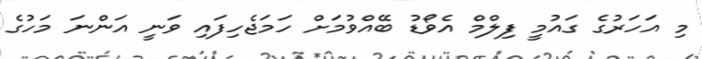
މި އަހަރުގެ ގައުމީ ފިލްމް އެވޯޑު ބޭއްވުމަށް ހަމަޖެހިފައި ވަނީ އަންނަ މަހުގެ